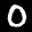
Label: 0